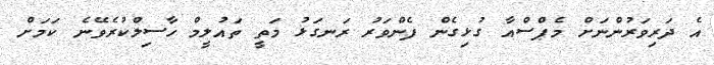
އެ ދަރިވަރުންނަށް މެޕްސްއާ ގުޅިގެން ފެންވަރު ރަނގަޅު މަތީ ތައުލީމް ހާސިލްކުރެވޭނެ ކަމަށް